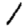
Digit: 1